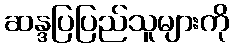
ဆန္ဒပြပြည်သူများကို